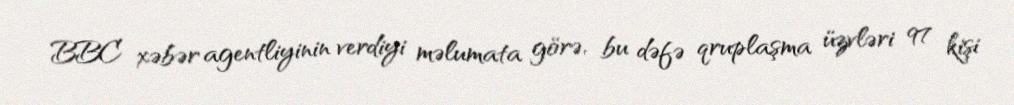
BBC xəbər agentliyinin verdiyi məlumata görə, bu dəfə qruplaşma üzvləri 97 kişi